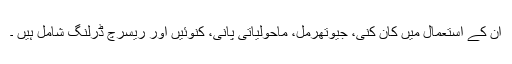
ان کے استعمال میں کان کنی، جیوتھرمل، ماحولیاتی پانی، کنوئیں اور ریسرچ ڈرلنگ شامل ہیں ۔